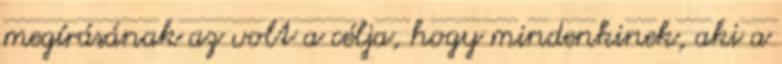
megírásának az volt a célja, hogy mindenkinek, aki a